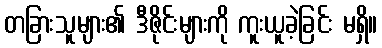
တခြားသူများ၏ ဒီဇိုင်းများကို ကူးယူခဲ့ခြင်း မရှိ။